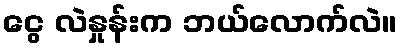
ငွေ လဲနှုန်းက ဘယ်လောက်လဲ။